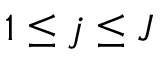
1 \leq j \leq J